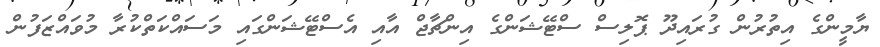
ޔާމީންގެ އިތުރުން ގުރައިދޫ ޕޮލިސް ސްޓޭޝަންގެ އިންޗާޖް އާއި އެސްޓޭޝަންގައި މަސައްކަތްކުރާ މުވައްޒަފުން